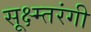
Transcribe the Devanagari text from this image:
सूक्ष्म्तरंगी